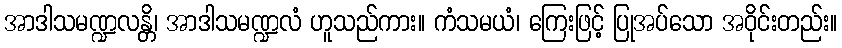
အာဒါသမဏ္ဍလန္တိ၊ အာဒါသမဏ္ဍလံ ဟူသည်ကား။ ကံသမယံ၊ ကြေးဖြင့် ပြုအပ်သော အဝိုင်းတည်း။